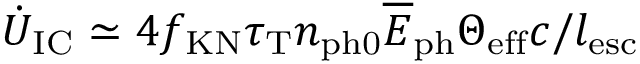
\dot { U } _ { \mathrm { I C } } \simeq 4 f _ { \mathrm { K N } } \tau _ { \mathrm { T } } n _ { \mathrm { p h 0 } } \overline { E } _ { \mathrm { p h } } \Theta _ { \mathrm { e f f } } c / l _ { \mathrm { e s c } }